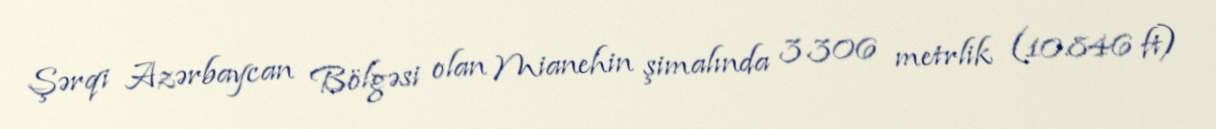
Şərqi Azərbaycan Bölgəsi olan Mianehin şimalında 3.306 metrlik (10.846 ft)